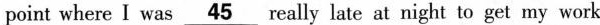
point where I was \underline{45} really late at night to get my work